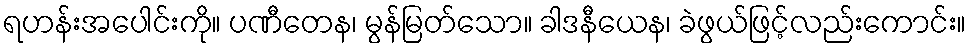
ရဟန်းအပေါင်းကို။ ပဏီတေန၊ မွန်မြတ်သော။ ခါဒနီယေန၊ ခဲဖွယ်ဖြင့်လည်းကောင်း။